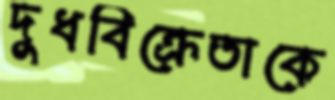
দুধবিক্রেতাকে